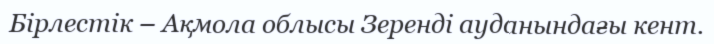
Бірлестiк – Ақмола облысы Зеренді ауданындағы кент.